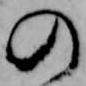
の